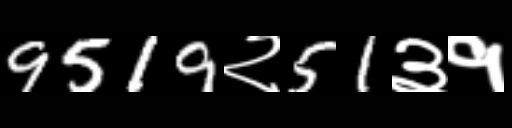
Text: 9519२51३१